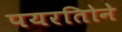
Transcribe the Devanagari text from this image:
पयरतिोने